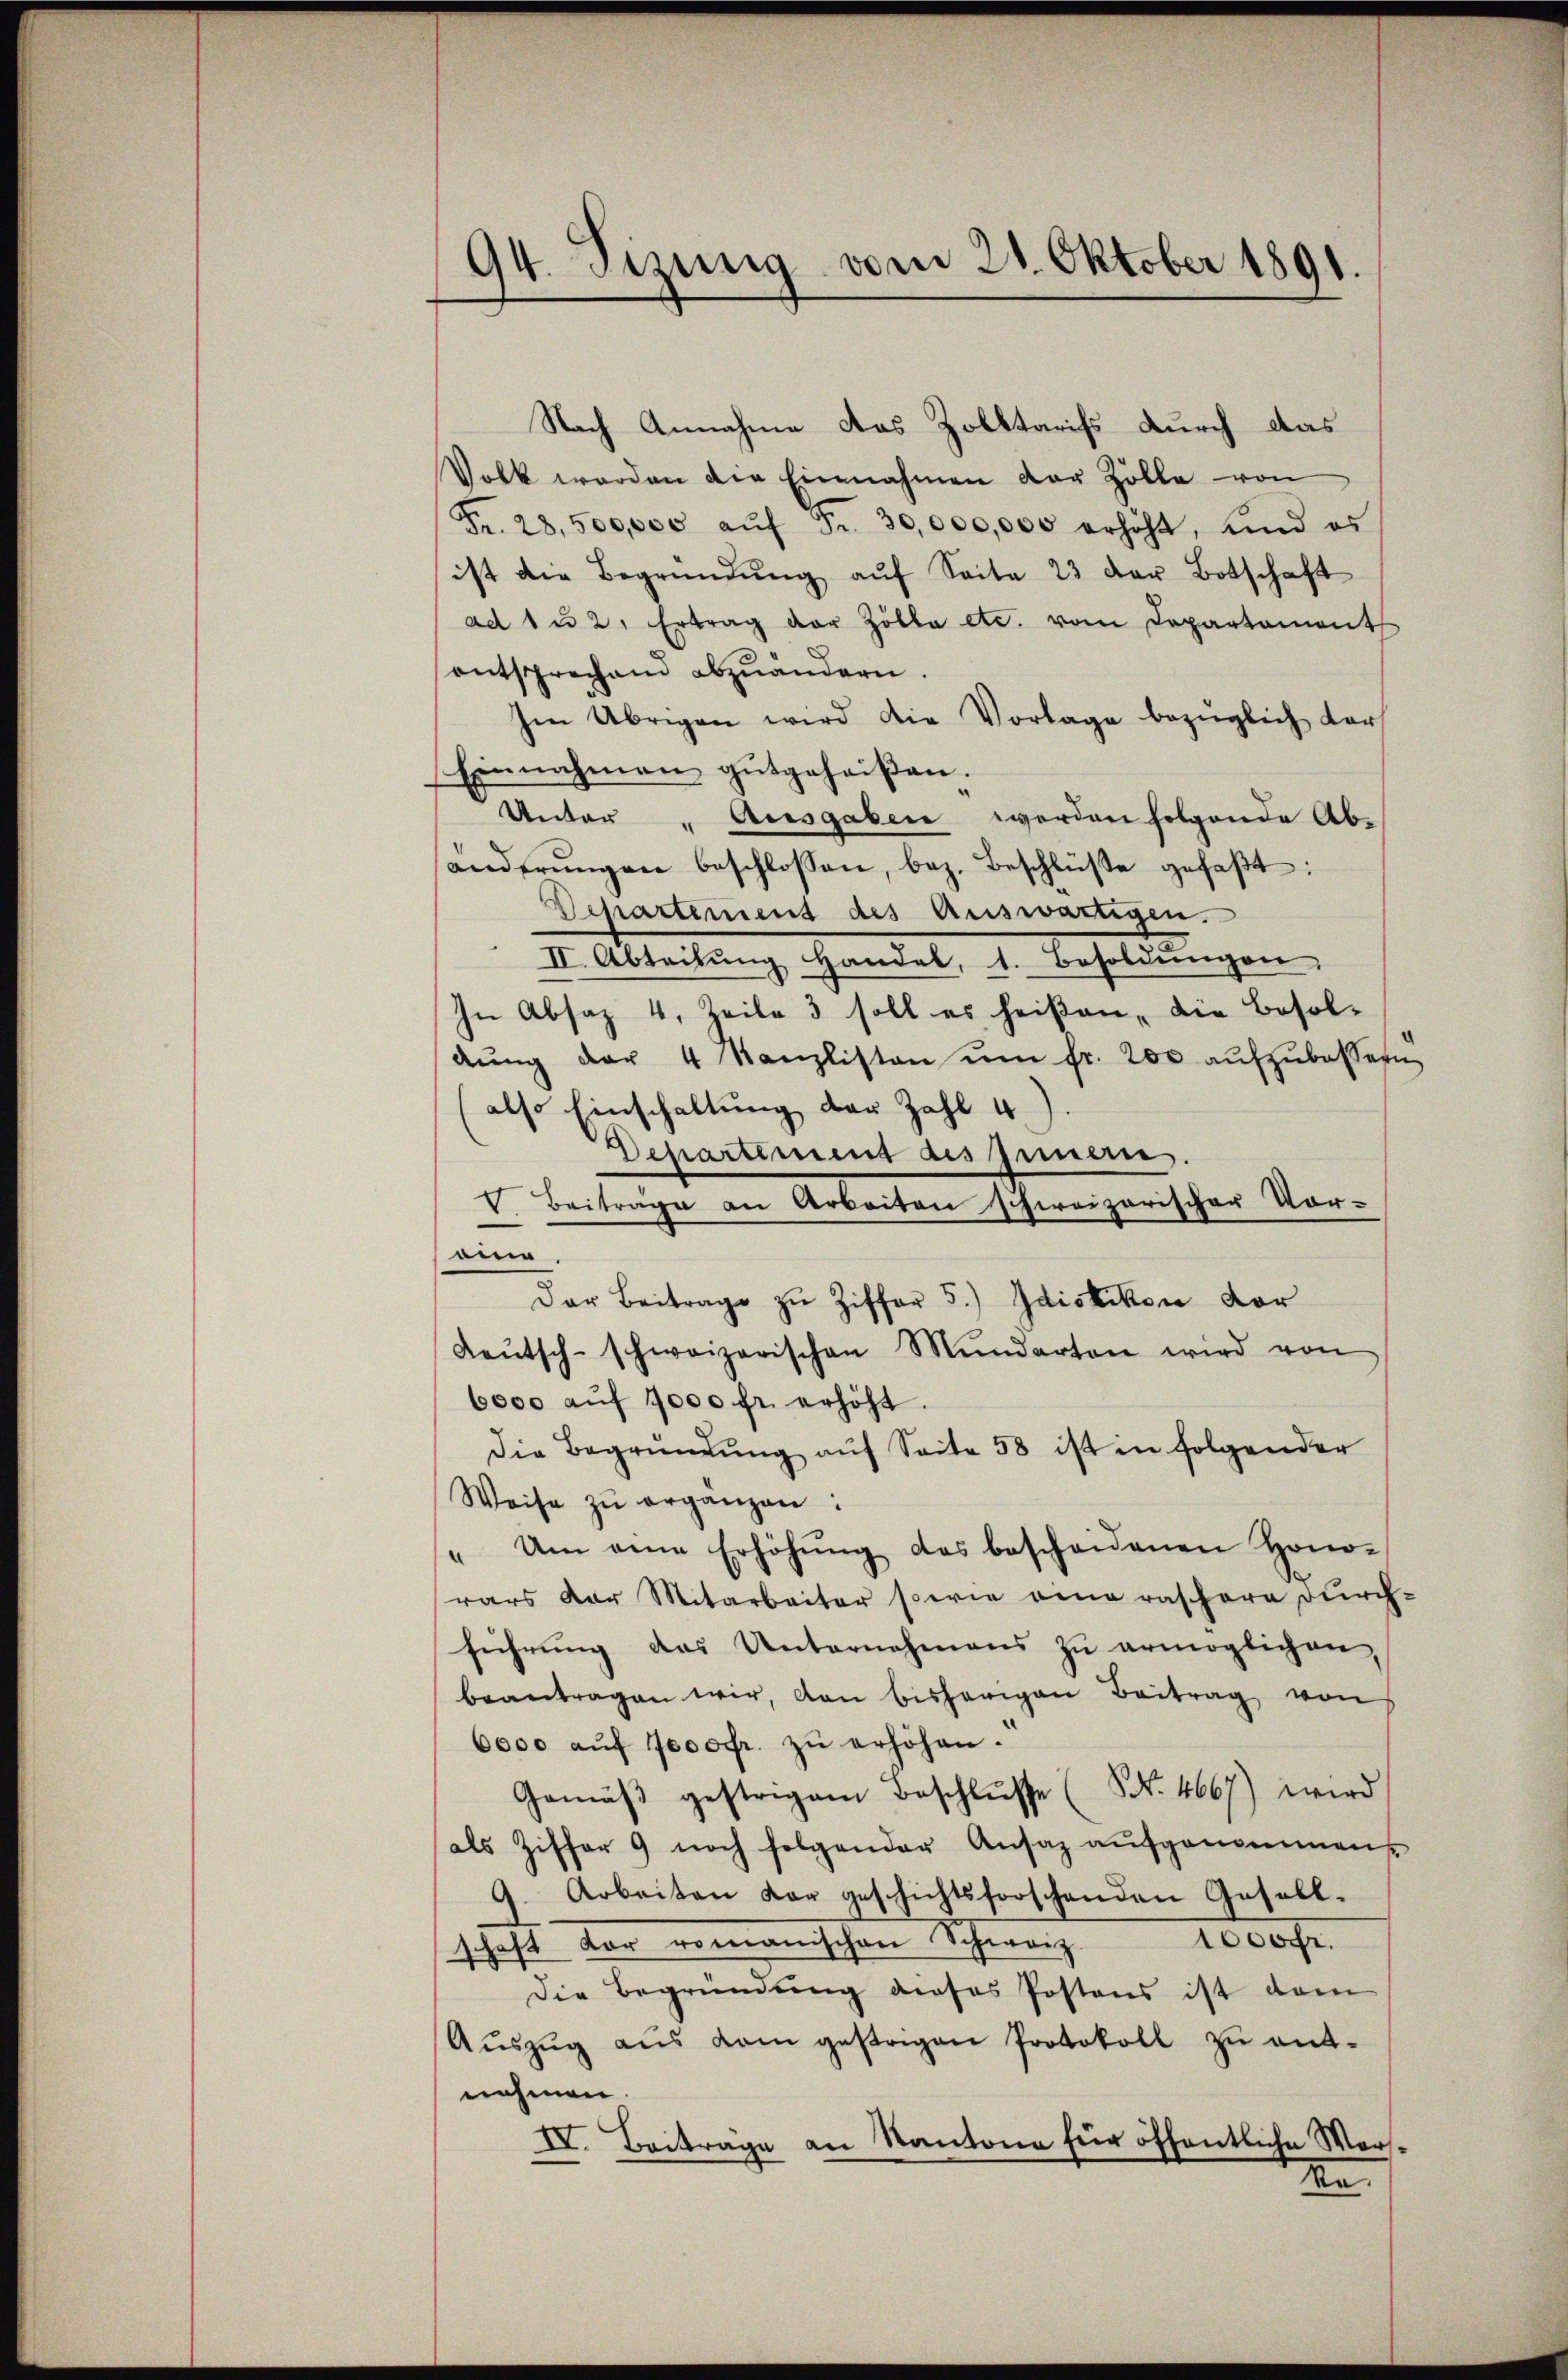
94. Sizung vom 21. Oktober 1891.

Nach Annahme das Zolltarifs durch das
Volk werden die Einnahmen der Zölle von
Fr. 28,500,000 aŭf Fr. 30,000,000 erhöht, und es
ist die Begründŭng aŭf Seite 23 der Botschaft
ad 1 u 2. Ertrag der Zölle etc. vom Departament
entsprechend abzuändern.
Im Übrigen wird die Vorlage bezüglich dar
Einnahmen gutgeheißen.
Unter "Ausgaben werden folgende Ab-
änderŭngen beschlossen, bez. Beschlüße gefaßt:
Departement des Auswärtigen.
II. Abteilŭng handel, 1. Besoldŭngen.
In Absaz 4, Zeile 3 soll es heißen, die Besolgŭng der 4 Kanzlisten ŭm fr. 200 aŭfzŭbessern,
also Einschaltung der Zahl 4
Dchartement des Innern
 Beitrage an Arbeiten schweizerischer Vor-
eine
Der Beitrage zu Ziffer 5.) Idiotikon vor
Leŭtsch-schweizerischen Mundarten wird von
6000 aŭf 1000 fr. erhöht.
die Begründŭng aŭf Seite 58 ist in folgender
Weise zŭ erganzen:
" Um eine Erhöhŭng des bescheidenen Hono-
rars der Mitarbeiter sowie eine raschere Dŭrch-
führŭng des Unternehmens zŭ ermöglichen,
beantragen wir, dan bisherigen Beitrag von
6000 aŭf J000fr. zŭ erhöhen.
Gemäβ gestrigen Beschlŭsse (S. 4667) wird
als Ziffer 9 noch folgender Ansaz aŭfgenommen.
9. Arbeiten der geschichtsforschenden Gesell-
1000fr.
schaft den momenischen Schweiz
Die Begründung dieses Postens ist dam
Aŭszŭg aŭs dem gestrigen Protokoll zŭ entnehmen.
IV. Beiträge an Kantone für öffentliche Mor¬
Re